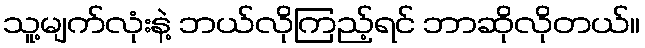
သူ့မျက်လုံးနဲ့ ဘယ်လိုကြည့်ရင် ဘာဆိုလိုတယ်။